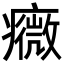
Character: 癓